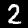
Label: 2